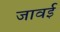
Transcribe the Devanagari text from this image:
जावई